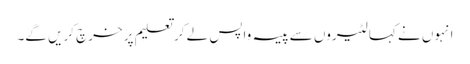
انہوں نے کہا لٹیروں سے پیسہ واپس لے کر تعلیم پر خرچ کریں گے۔